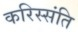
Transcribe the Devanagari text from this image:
करिस्संति